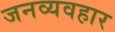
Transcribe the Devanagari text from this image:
जनव्यवहार